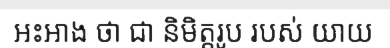
អះអាង ថា ជា និមិត្តរូប របស់ យាយ